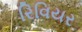
રિવિયર